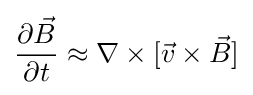
{\frac {\partial {\vec {B}}}{\partial t}}\approx \nabla \times [{\vec {v}}\times {\vec {B}}]